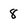
Character: 8